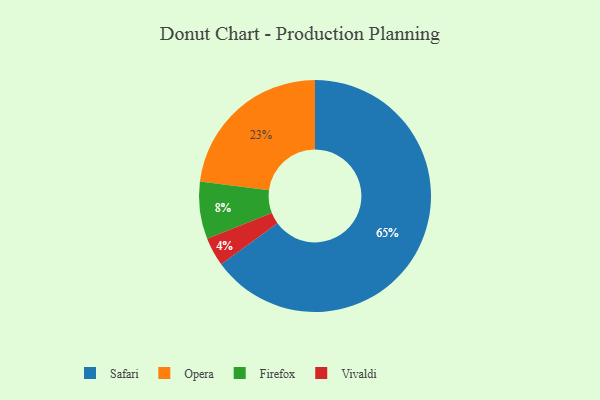
{"axis": {"x": "Category", "y": "Percentage"}, "legend": ["Firefox", "Opera", "Safari", "Vivaldi"], "data": [{"x": "Opera", "y": 23, "type": "Opera"}, {"x": "Safari", "y": 65, "type": "Safari"}, {"x": "Firefox", "y": 8, "type": "Firefox"}, {"x": "Vivaldi", "y": 4, "type": "Vivaldi"}]}